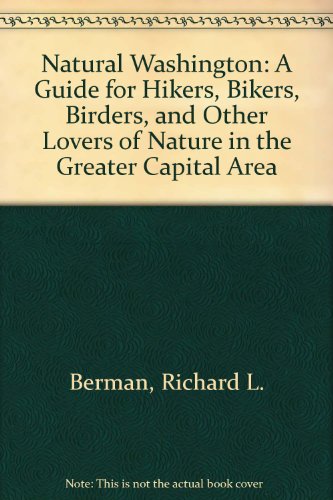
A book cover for Natural Washington: A Guide for Hikers, Bikers, Birders, and Other Lovers of Nature in the Greater Capital Area; Richard L. Berman; Travel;